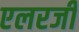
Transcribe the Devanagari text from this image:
एलरजी